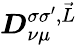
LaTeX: \boldsymbol{D}_{\nu\mu}^{\sigma\sigma^{\prime},\vec{L}}